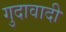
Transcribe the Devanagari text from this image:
गुदावादी